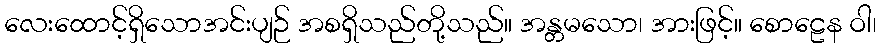
လေးထောင့်ရှိသောအင်းပျဉ် အစရှိသည်တို့သည်။ အန္တမသော၊ အားဖြင့်။ စောဠေန ဝါ၊